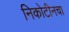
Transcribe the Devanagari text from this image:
निकोटीनचा